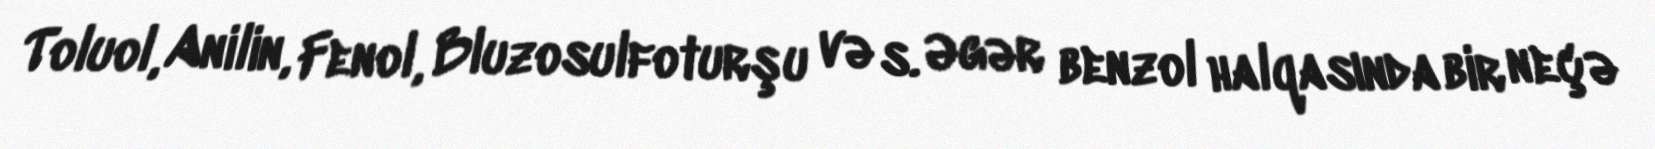
Toluol, Anilin, Fenol, Bluzosulfoturşu və s. Əgər benzol halqasında bir neçə